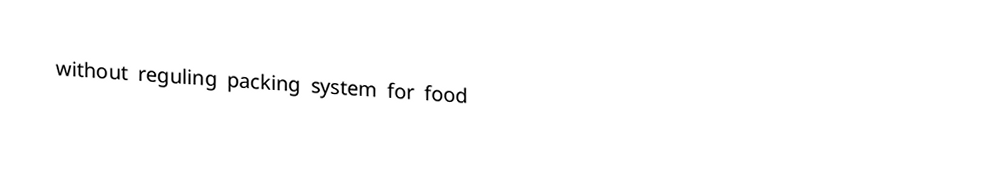
without reguling packing  system for food